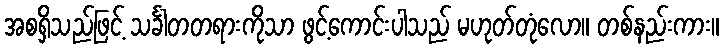
အစရှိသည်ဖြင့် သင်္ခါတတရားကိုသာ ဖွင့်ကောင်းပါသည် မဟုတ်တုံလော။ တစ်နည်းကား။